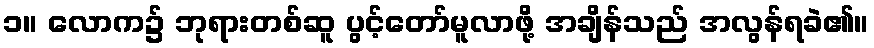
၁။ လောက၌ ဘုရားတစ်ဆူ ပွင့်တော်မူလာဖို့ အချိန်သည် အလွန်ရခဲ၏။